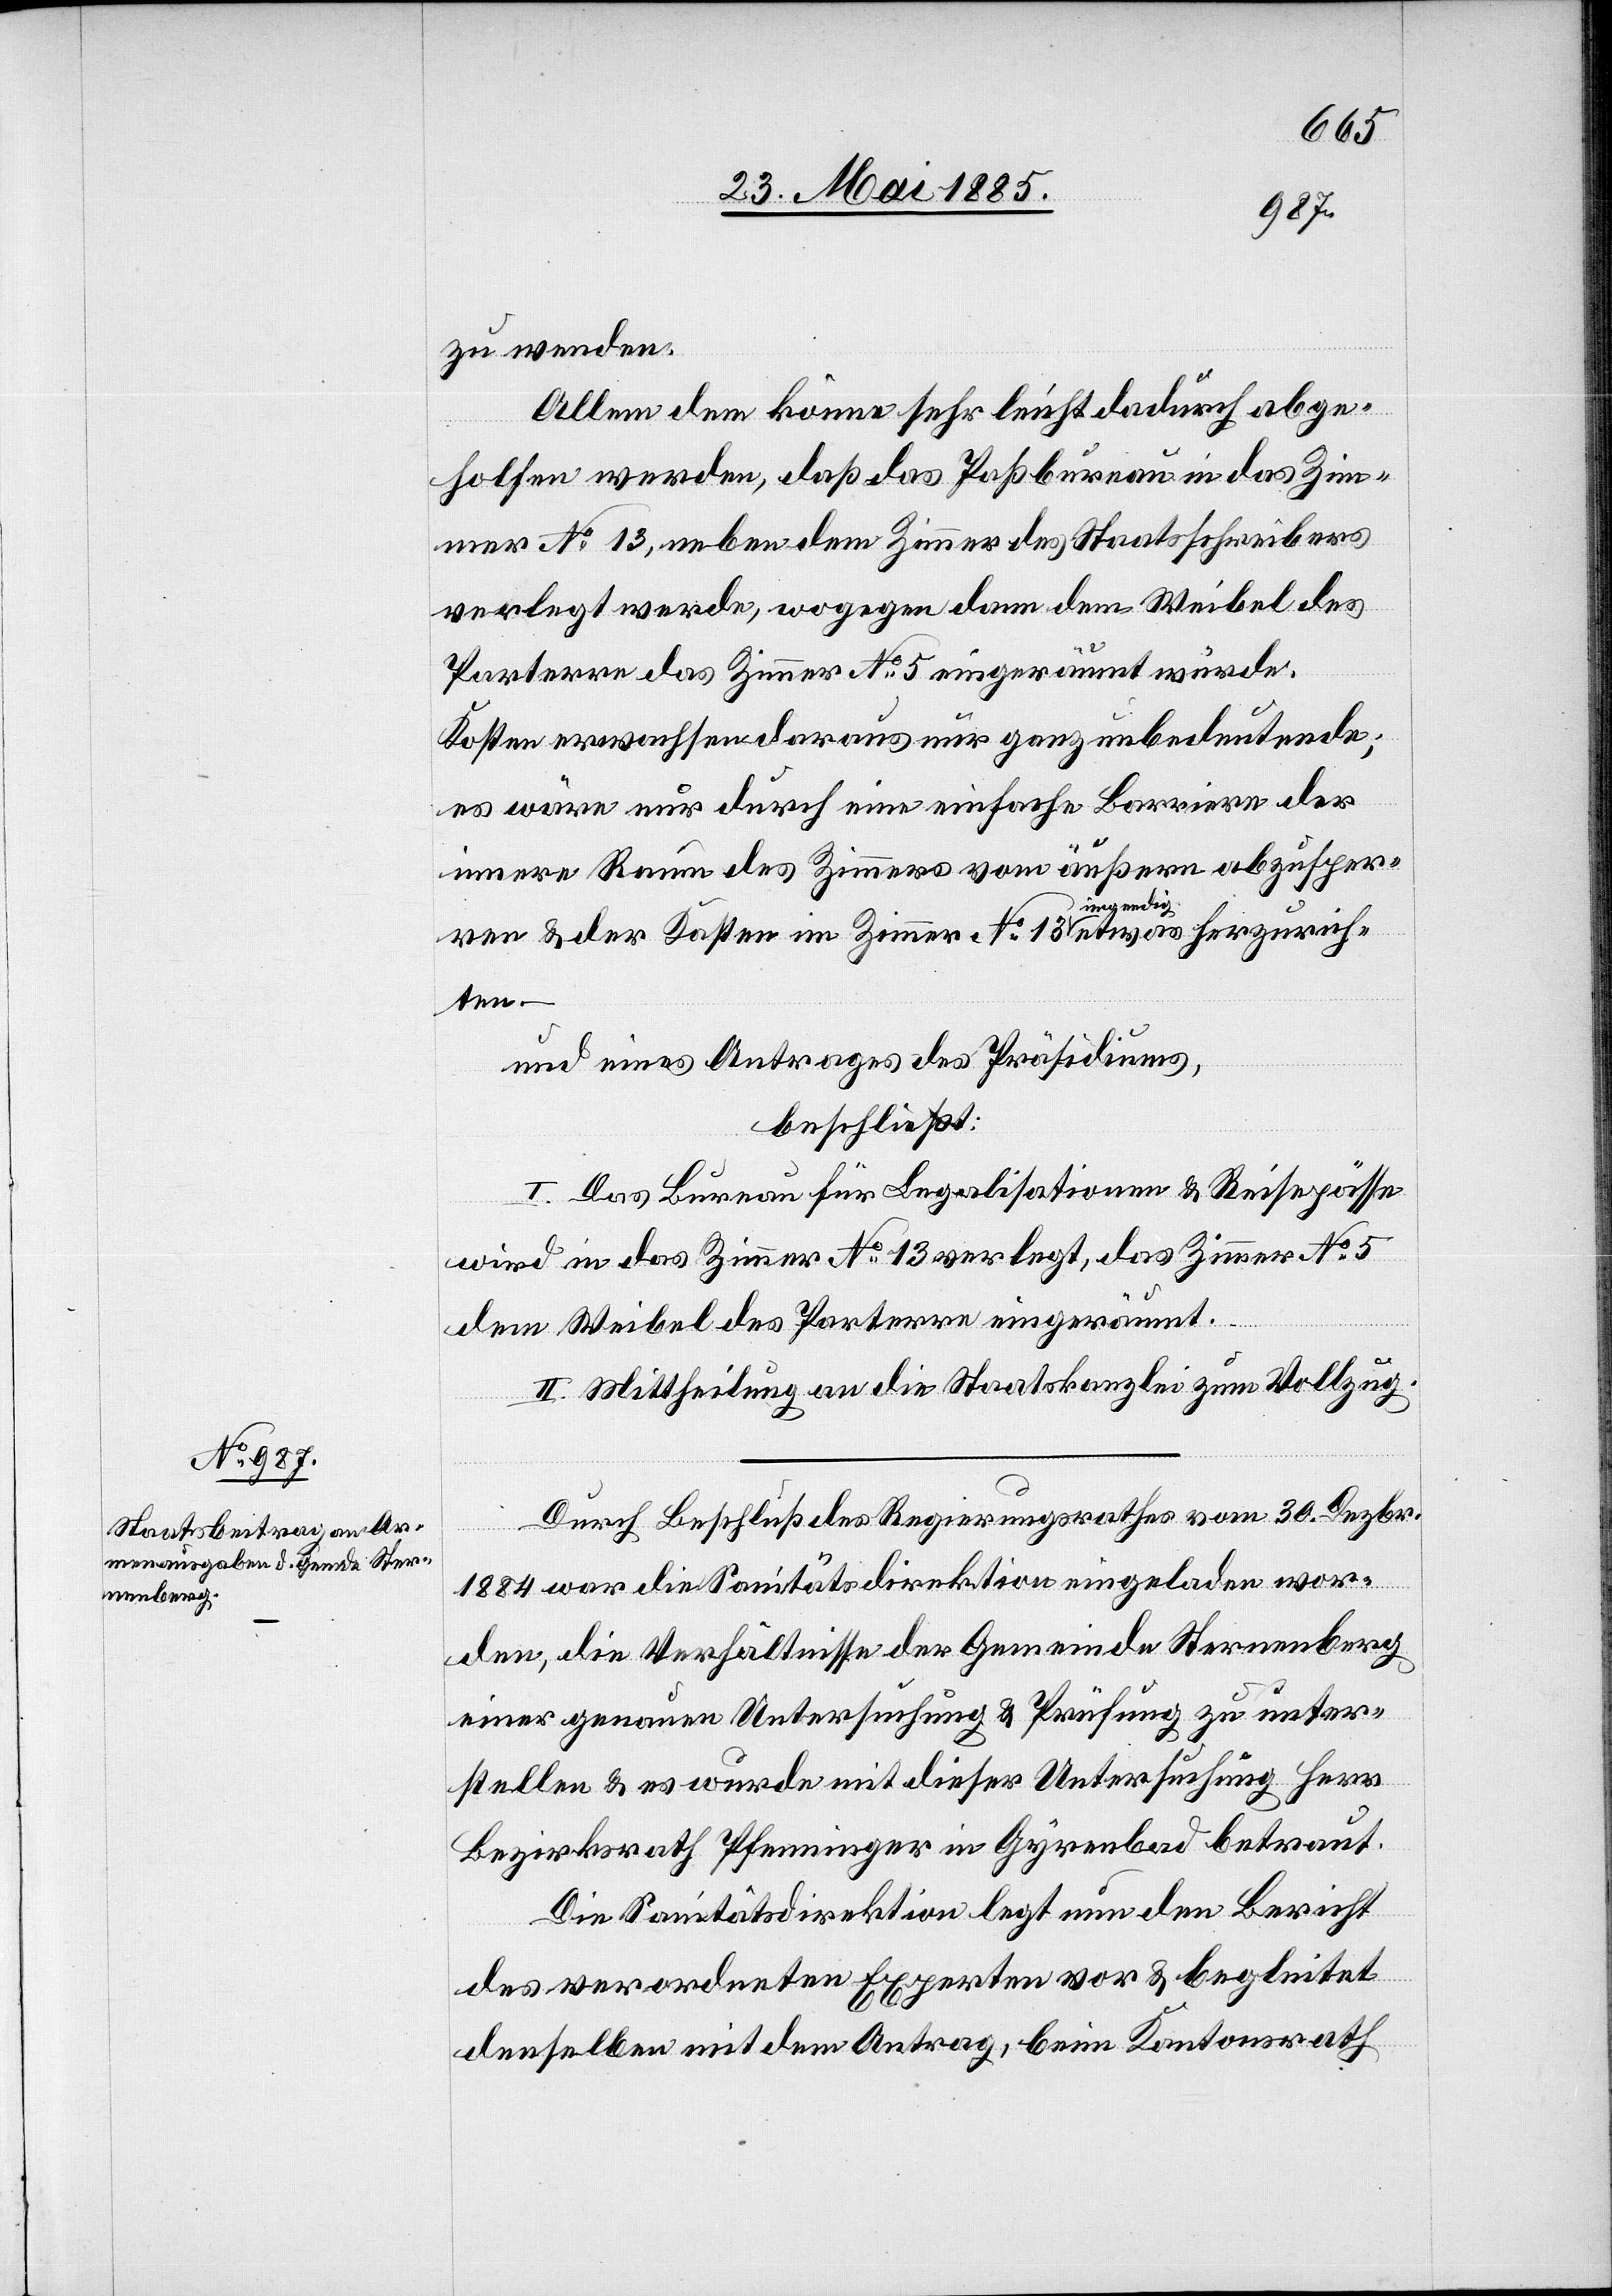
zu wenden.
Allem dem könne sehr leicht dadurch abge¬
holfen werden, daß das Paßbureau in das Zim¬
mer No 13, neben dem Zimmer des Staatsschreibers
verlegt werde, wogegen dann dem Weibel des
Parterre das Zimmer No 5 eingeräumt würde.
Kosten erwachsen daraus nur ganz unbedeutende;
es wäre nur durch eine einfach Barriere der
innere Raum des Zimmers vom äußern abzusper¬
ren & der Kasten im Zimmer No 13 irgendwie etwas herzurich¬
ten.
und eines Antrages des Präsidiums,
beschließt:
I. Das Bureau für Legalisationen & Reisepässe
wird in das Zimmer No 13 verlegt, das Zimmer No 5
dem Weibel des Parterre eingeräumt.
II. Mittheilung an die Staatskanzlei zum Vollzug.
Durch Beschluß des Regierungsrathes vom 30. Dezbr.
1884 war die Sanitätsdirektion eingeladen wor¬
den, die Verhältnisse der Gemeinde Sternenberg
einer genauen Untersuchung & Prüfung zu unter¬
stellen & es wurde mit dieser Untersuchung Herr
Bezirksrath Pfenninger in Gyrenbad betraut.
Die Sanitätsdirektion legt nun den Bericht
des verordneten Experten vor & begleitet
denselben mit dem Antrag, beim Kantonsrath